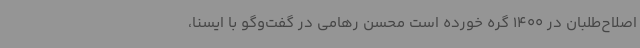
اصلاح‌طلبان در 1400 گره خورده است محسن رهامی در گفت‌وگو با ایسنا،